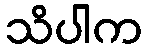
သိပါက